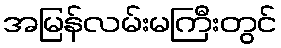
အမြန်လမ်းမကြီးတွင်